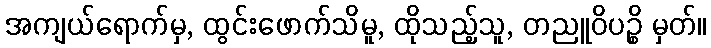
အကျယ်ရောက်မှ, ထွင်းဖောက်သိမူ, ထိုသည့်သူ, တညူဝိပဉ္စိ မှတ်။